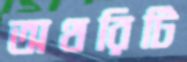
অথরিটি